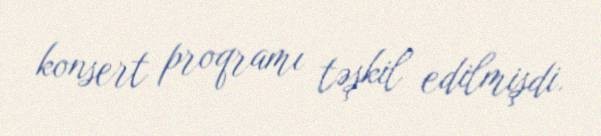
konsert proqramı təşkil edilmişdi.